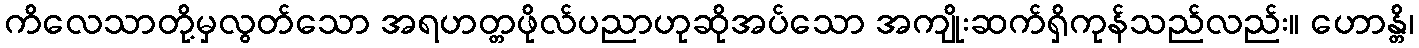
ကိလေသာတို့မှလွတ်သော အရဟတ္တဖိုလ်ပညာဟုဆိုအပ်သော အကျိုးဆက်ရှိကုန်သည်လည်း။ ဟောန္တိ၊